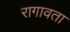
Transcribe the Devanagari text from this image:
रागावता